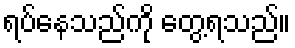
ရပ်နေသည်ကို တွေ့ရသည်။